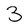
Character: 3